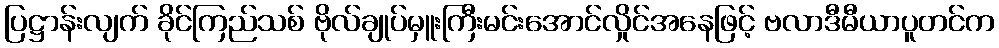
ပြဋ္ဌာန်းလျက် ခိုင်ကြည်သစ် ဗိုလ်ချုပ်မှူးကြီးမင်းအောင်လှိုင်အနေဖြင့် ဗလာဒီမီယာပူတင်က